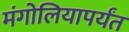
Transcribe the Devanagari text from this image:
मंगोलियापर्यंत